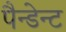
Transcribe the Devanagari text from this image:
पैन्डेन्ट